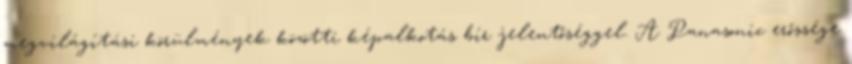
megvilágítási körülmények közötti képalkotás bír jelentőséggel. A Panasonic erőssége